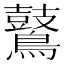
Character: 𪇀